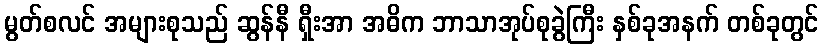
မွတ်စလင် အများစုသည် ဆွန်နီ ရှီးအာ အဓိက ဘာသာအုပ်စုခွဲကြီး နှစ်ခုအနက် တစ်ခုတွင်